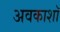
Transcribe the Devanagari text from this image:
अवकाशॉ